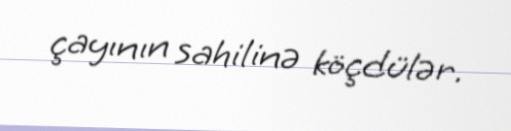
çayının sahilinə köçdülər.